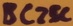
Text: BC25C